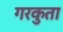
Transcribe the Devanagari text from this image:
गरकुता